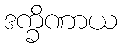
ဒက္ခိဏာယ